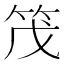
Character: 𫁸